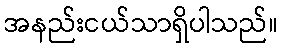
အနည်းငယ်သာရှိပါသည်။